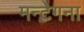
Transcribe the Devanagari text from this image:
मन्टेगना